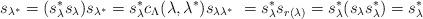
LaTeX: \begin{align*}s_{\lambda^*} = (s_\lambda^* s_\lambda) s_{\lambda^*} = s_\lambda^* c_\Lambda(\lambda, \lambda^*) s_{\lambda \lambda^*} \ = s_\lambda^* s_{r(\lambda)} = s_\lambda^* (s_\lambda s_\lambda^* ) = s_\lambda^*\end{align*}